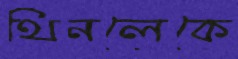
থিনলেকে